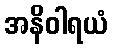
အနိဝါရယံ